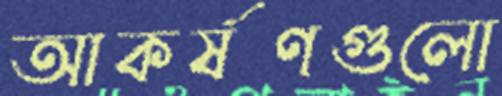
আকর্ষণগুলো